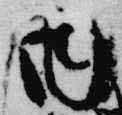
内